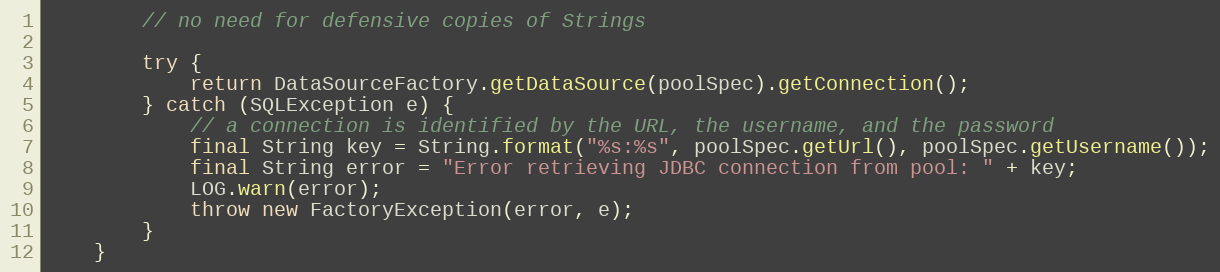
Language: Java
        // no need for defensive copies of Strings

        try {
            return DataSourceFactory.getDataSource(poolSpec).getConnection();
        } catch (SQLException e) {
            // a connection is identified by the URL, the username, and the password
            final String key = String.format("%s:%s", poolSpec.getUrl(), poolSpec.getUsername());
            final String error = "Error retrieving JDBC connection from pool: " + key;
            LOG.warn(error);
            throw new FactoryException(error, e);
        }
    }